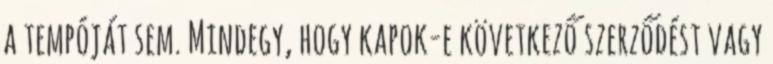
a tempóját sem. Mindegy, hogy kapok-e következő szerződést vagy